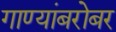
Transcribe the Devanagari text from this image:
गाण्यांबरोबर